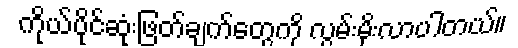
ကိုယ်ပိုင်ဆုံးဖြတ်ချက်တွေကို လွမ်းမိုးလာပါတယ်။